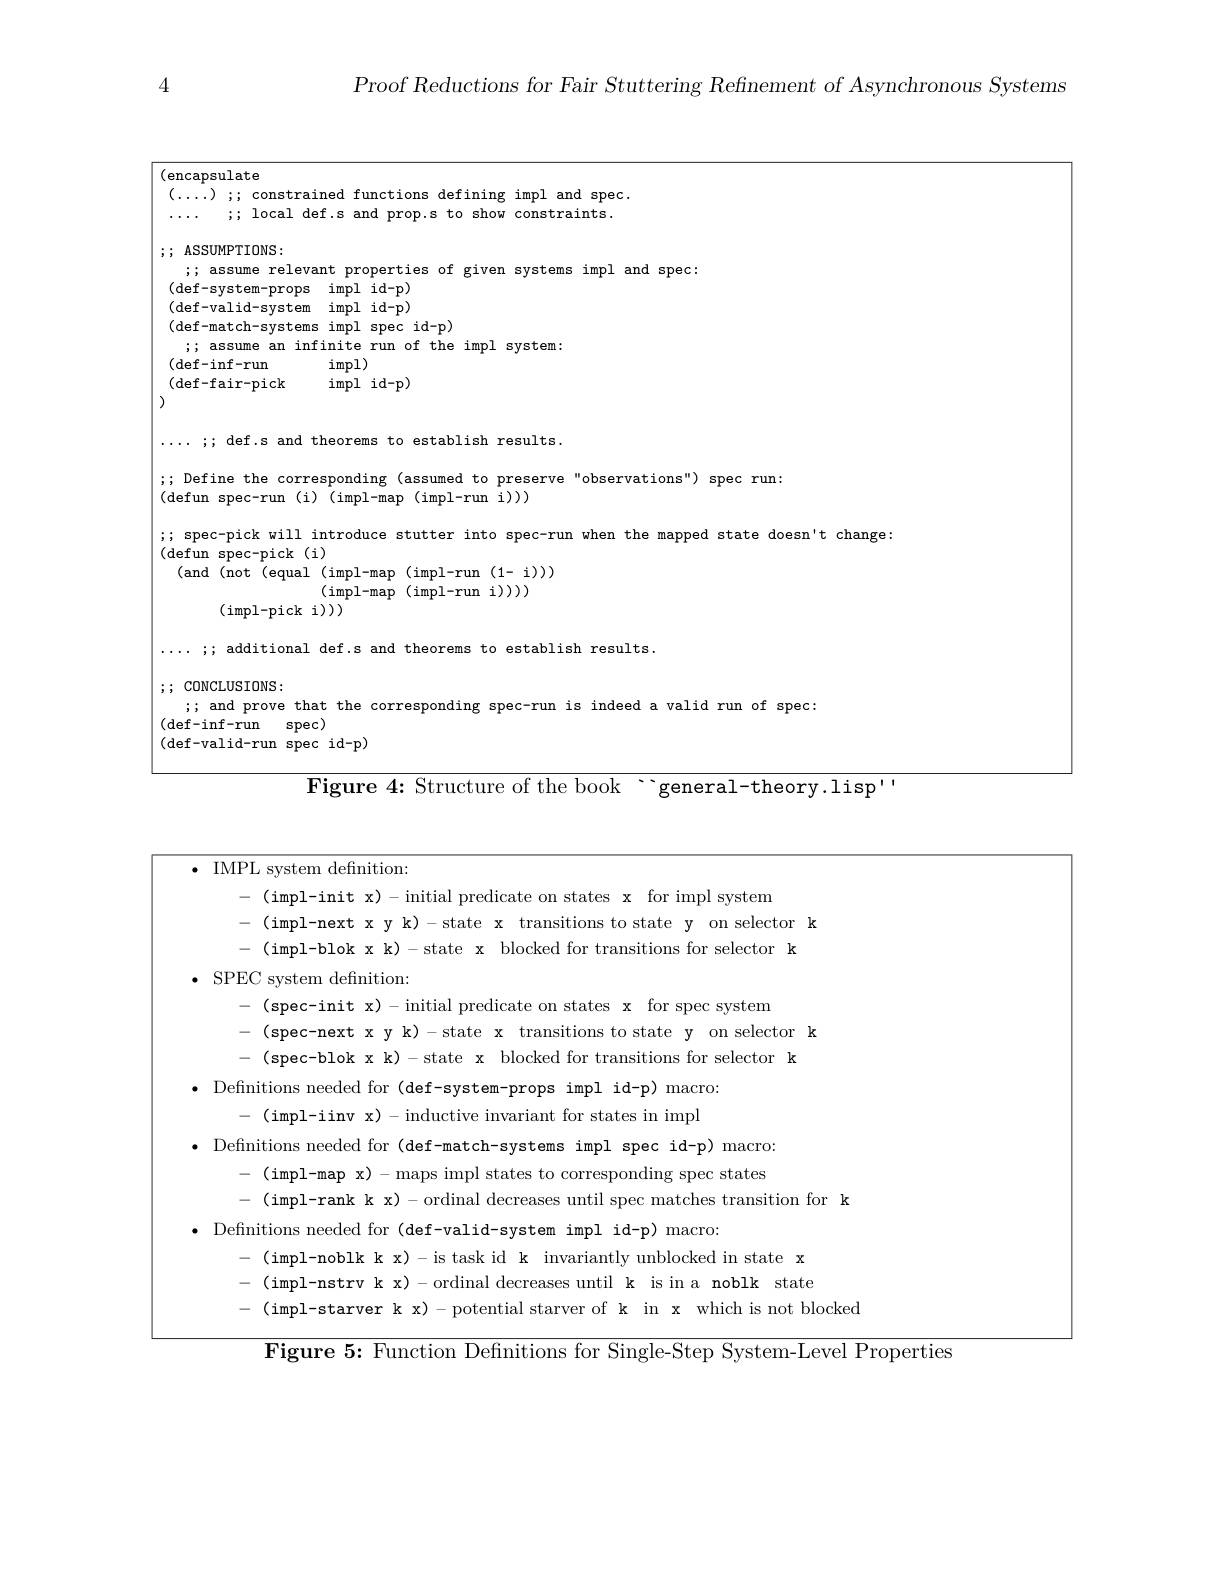
4

$P$roof Reductions for Fair Stuttering Refinement of Asynchronous Systems

; ASSUMPTIONS:

$\left|\mathrm{(encapsulate}\right|$
$(\ldots)$ ; constrained functions defining impl and spec.
;; local def.s and prop.s to show constraints.
$\bullet\bullet\bullet\bullet$
;; assume relevant properties of given systems impl and spec:
(def-system-props impl id-p) (def-valid-system impl id-p) (def-match-systemsimpl spec id- p)
;; assume an infinite run of the impl system:
$(\det-\inf-run$
impl)
(def-fair-pick
impl id- p)
$\cdots\cdots;;$ def.s and theorems to establish results.
; Define the corresponding (assumed to preserve"observations") spec run:
(defun spec- run ( i)  ( impl- map ( impl- run i) ) )
;; spec-pick will introduce stutter into spec-run when the mapped state doesn't change:
(defun spec-pick(i)
(and(not(equal(impl-map(impl-run(1-i)))
(impl-map(impl-runi)))
(impl-pick i)))
...;; additional def.s and theorems to establish results.
;; CONCLUSIONS:
; and prove that the corresponding spec-run is indeed a valid run of spec:
(def-inf-run spec)
(def-valid-runspec id- p)

$\overline{\mathrm{Figure~4:~Structure~of~the~book~}}$`general-theory.lisp'

$\bullet$ IMPL system defnition:
<table>
	<tbody>
		<tr>
			<td>em definition:</td>
		</tr>
		<tr>
			<td>for spec svstem</td>
		</tr>
		<tr>
			<td>on selector k</td>
		</tr>
		<tr>
			<td>tions for selector k</td>
		</tr>
		<tr>
			<td>needed for ( ${\mathrm{~macro}}$</td>
		</tr>
		<tr>
			<td>or states in impl</td>
		</tr>
		<tr>
			<td>$\mathop{\mathrm{needed~for~}}($ id-p macro: 1mr spec</td>
		</tr>
		<tr>
			<td>$\operatorname{spec}$ states -ma</td>
		</tr>
		<tr>
			<td>transition for k</td>
		</tr>
		<tr>
			<td>needed for macro:</td>
		</tr>
		<tr>
			<td>d in state x</td>
		</tr>
		<tr>
			<td>noblk  state</td>
		</tr>
		<tr>
			<td>ich is not blocker</td>
		</tr>
	</tbody>
</table>

Figure 5: Function Definitions for Single-Step System-Level Properties